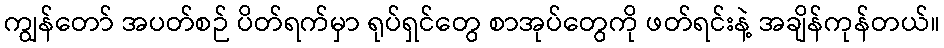
ကျွန်တော် အပတ်စဉ် ပိတ်ရက်မှာ ရုပ်ရှင်တွေ စာအုပ်တွေကို ဖတ်ရင်းနဲ့ အချိန်ကုန်တယ်။